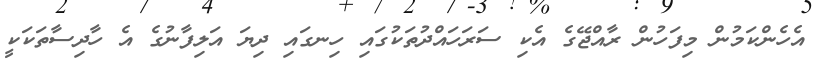
އެހެންކަމުން މިފަހުން ރާއްޖޭގެ އެކި ސަރަހައްދުތަކުގައި ހިނގައި ދިޔަ އަލިފާނުގެ އެ ހާދިސާތަކަކީ